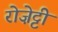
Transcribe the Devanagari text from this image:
रोज़ेट्टी